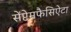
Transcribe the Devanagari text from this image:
सेंप्टेमफैसिऐटा